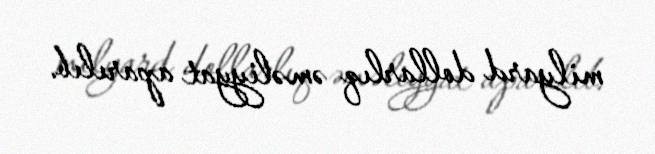
milyard dollarlıq əməliyyat aparılıb.